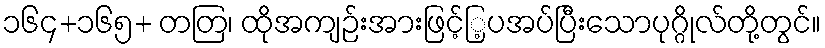
၁၆၄+၁၆၅+ တတြ၊ ထိုအကျဉ်းအားဖြင့်ြ့ပအပ်ပြီးသောပုဂ္ဂိုလ်တို့တွင်။